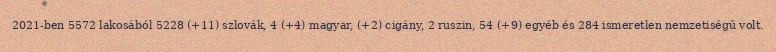
2021-ben 5572 lakosából 5228 (+11) szlovák, 4 (+4) magyar, (+2) cigány, 2 ruszin, 54 (+9) egyéb és 284 ismeretlen nemzetiségű volt.